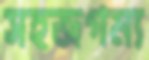
সহজগম্য